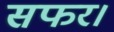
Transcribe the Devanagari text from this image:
सफर।